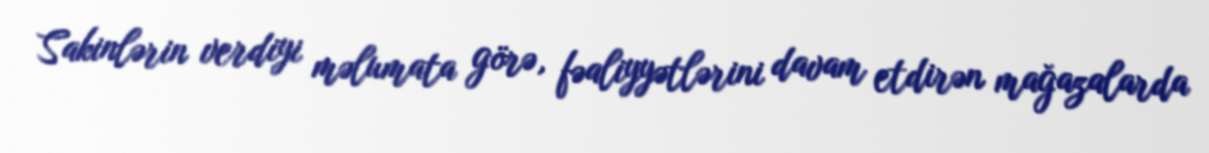
Sakinlərin verdiyi məlumata görə, fəaliyyətlərini davam etdirən mağazalarda